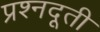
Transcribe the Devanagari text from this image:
प्रश्नदूती